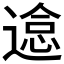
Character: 𰻉